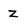
Character: Z